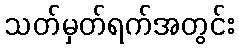
သတ်မှတ်ရက်အတွင်း